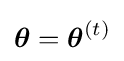
{\boldsymbol {\theta }}={\boldsymbol {\theta }}^{(t)}